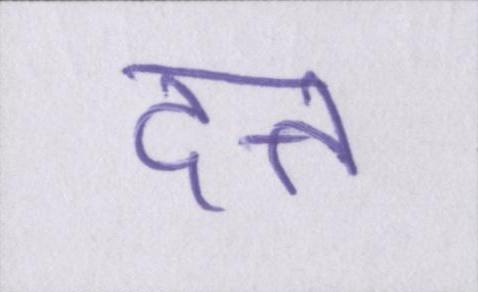
दत्त